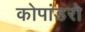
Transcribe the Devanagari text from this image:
कोपांडरो